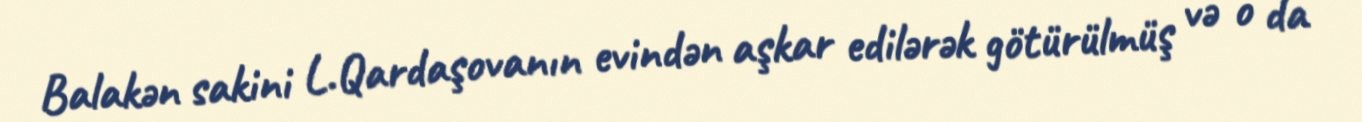
Balakən sakini L.Qardaşovanın evindən aşkar edilərək götürülmüş və o da